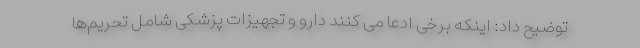
توضیح داد: اینکه برخی ادعا می کنند دارو و تجهیزات پزشکی شامل تحریم‌ها